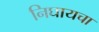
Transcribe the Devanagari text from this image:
निघायचा